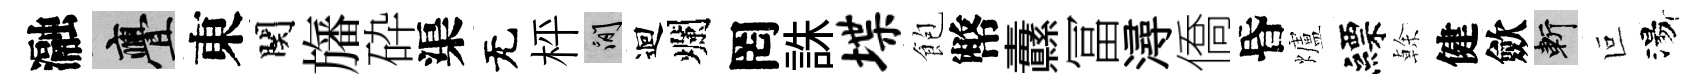
瀜亹東関旛砕渠无枰閑迴爛罔誅堞飽幣纛冨潯僑昏爐縹𠏉健歛斬叵湯